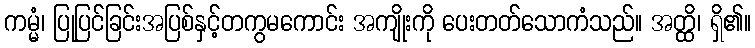
ကမ္မံ၊ ပြုပြင်ခြင်းအပြစ်နှင့်တကွမကောင်း အကျိုးကို ပေးတတ်သောကံသည်။ အတ္ထိ၊ ရှိ၏။